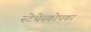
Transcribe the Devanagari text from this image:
स्टेथेस्कोपका